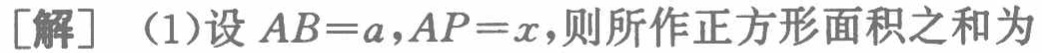
[解] (1)设 \(AB = a,AP = x\),则所作正方形面积之和为